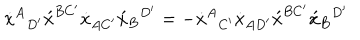
\dot { x } ^ { A } { } _ { D ^ { \prime } } \acute { x } ^ { B C ^ { \prime } } \dot { x } _ { A C ^ { \prime } } \acute { x } _ { B } { } ^ { D ^ { \prime } } = - \dot { x } ^ { A } { } _ { C ^ { \prime } } \dot { x } _ { A D ^ { \prime } } \acute { x } ^ { B C ^ { \prime } } \acute { x } _ { B } { } ^ { D ^ { \prime } }